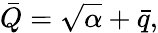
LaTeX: \bar{Q}=\sqrt{\alpha}+\bar{q},